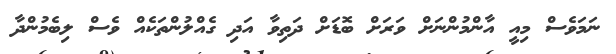
ނަމަވެސް މިއީ އާންމުންނަށް ވަރަށް ބޮޑަށް ދަތިވާ އަދި ގެއްލުންތަކެއް ވެސް ލިބެމުންދާ